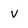
Character: v